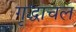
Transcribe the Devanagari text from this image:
गृद्धाचल